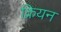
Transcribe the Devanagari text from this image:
क्रियन